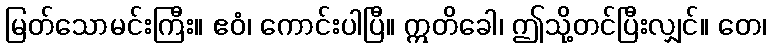
မြတ်သောမင်းကြီး။ ဧဝံ၊ ကောင်းပါပြီ။ ဣတိခေါ၊ ဤသို့တင်ပြီးလျှင်။ တေ၊